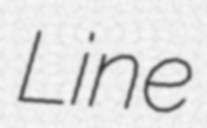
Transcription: Line